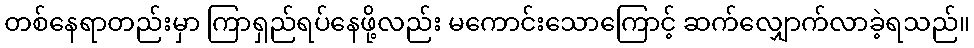
တစ်နေရာတည်းမှာ ကြာရှည်ရပ်နေဖို့လည်း မကောင်းသောကြောင့် ဆက်လျှောက်လာခဲ့ရသည်။